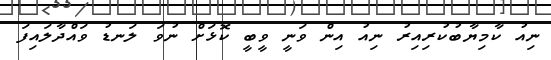
ނިއު ކާމިޔާބުކުރިއިރު ނިއު އިން ވަނީ ވީބީ ކޮޅަށް ނުވަ ލަނޑު ވައްދާލައިފަ